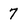
Character: 7